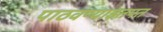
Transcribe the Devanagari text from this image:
पाठवण्याइतपत